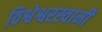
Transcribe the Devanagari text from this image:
विश्वेश्वरस्वामी